Vaccination United Provinces of Agra and Oudh 1902-1913 - 1902-1913
Year: 1902
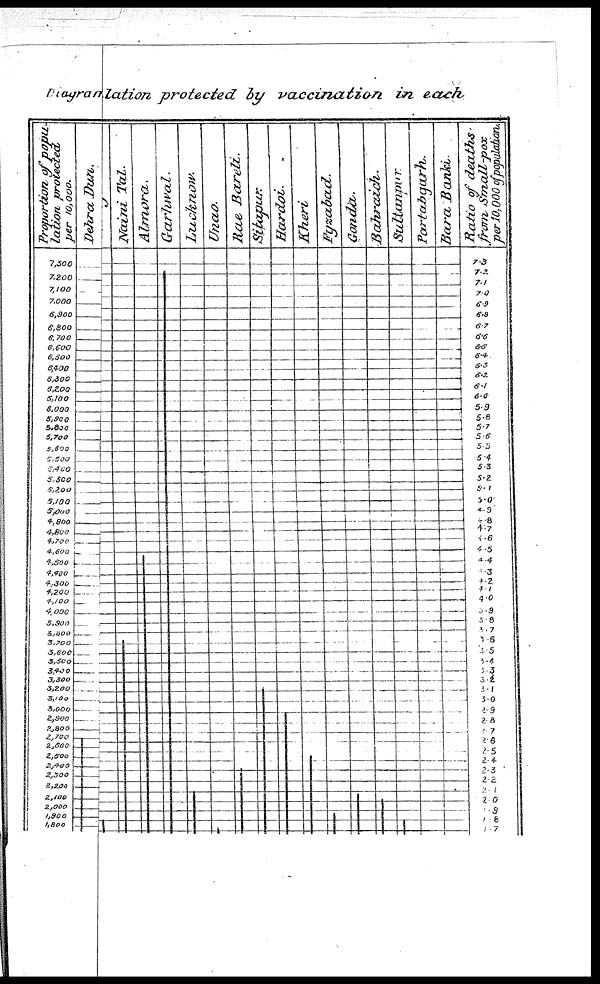
Diagranlation protected by vaccination in each